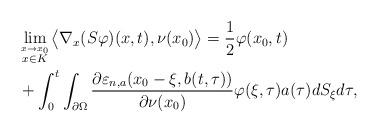
LaTeX: \begin{align*}\begin{aligned}&\lim\limits_{\stackrel{x \to x_{0}}{x \in K}}\big\langle \nabla_{x}(S\varphi)(x,t),\nu(x_{0})\big\rangle=\frac{1}{2}\varphi(x_{0},t)\\&+\int_{0}^{t}\int_{\partial\Omega}\frac{\partial\varepsilon_{n, a}(x_{0}-\xi,b(t,\tau))}{\partial\nu(x_{0}) }\varphi(\xi,\tau)a(\tau)dS_{\xi} d\tau,\end{aligned}\end{align*}